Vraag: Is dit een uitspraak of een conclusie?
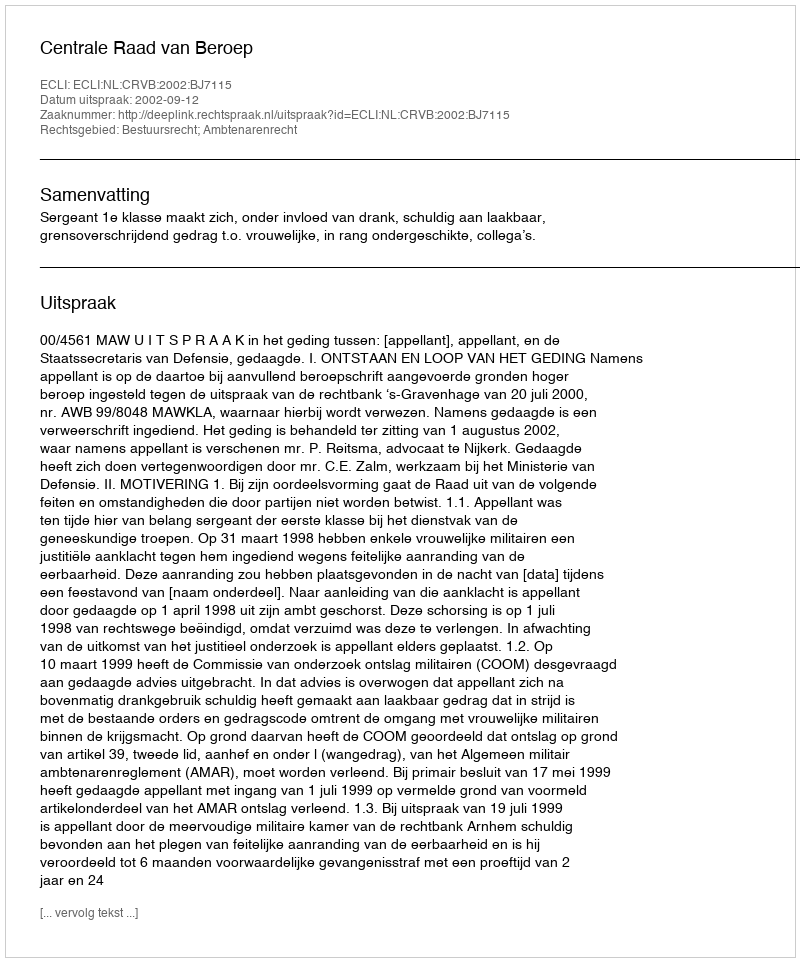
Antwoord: Uitspraak